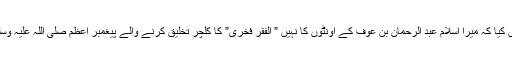
میں نے عرض کیا کہ میرا اسلام عبد الرحمان بن عوفؓ کے اونٹوں کا نہیں ” الفقر فخری” کا کلچر تخلیق کرنے والے پیغمبرِ اعظم صلی اللہ علیہ وسلم کا دین ہے ۔